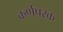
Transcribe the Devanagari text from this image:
कर्णपरक